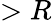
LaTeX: >R